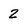
Character: 2